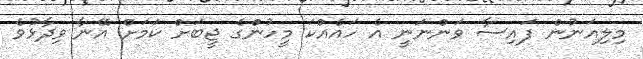
މިލިއަނުން ފައިސާ ވަންނަނީ އެ ހައެއްކަ މީހުންގެ ޖީބަށް ކަމަށް އޭނާ ވިދާޅުވެ